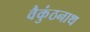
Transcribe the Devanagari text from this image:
वैकुंठनाथ